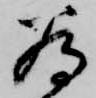
為